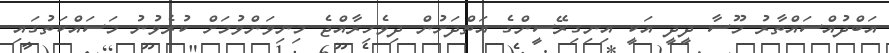
އަބްދުއްސައްތާރު މޫސާ ދީދީ އަކީ އިނިގިރޭސީންގެ އަތްދަށުން ދިވެހިރާއްޖެ މިނިވަންވުމަށް ކުރެވުނު މަސައްކަތުގައި